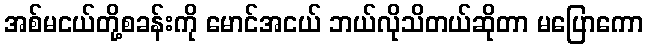
အစ်မငယ်တို့စခန်းကို မောင်အငယ် ဘယ်လိုသိတယ်ဆိုတာ မပြောကော